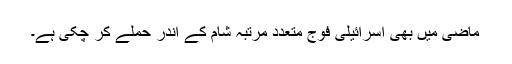
ماضی میں بھی اسرائیلی فوج متعدد مرتبہ شام کے اندر حملے کر چکی ہے۔